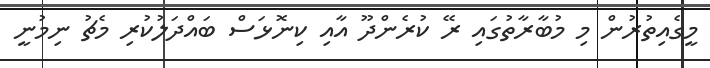
މީގެއިތުރުން މި މުބާރާތުގައި ރޭ ކުރެންދޫ އާއި ކިނޮޅަސް ބައްދަލުކުރި މެޗު ނިމުނީ